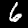
Digit: 6